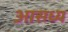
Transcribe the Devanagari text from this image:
आसध्य